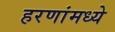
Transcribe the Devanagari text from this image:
हरणांमध्ये